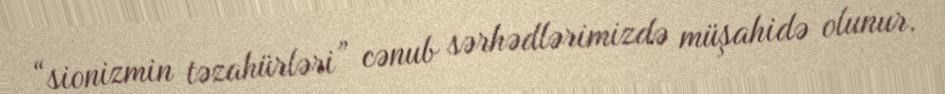
“sionizmin təzahürləri” cənub sərhədlərimizdə müşahidə olunur.